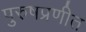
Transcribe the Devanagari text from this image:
पुरुषप्रणीत